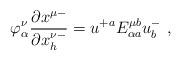
LaTeX: \begin{align*}\varphi^\nu_\alpha{\partial {x^{\mu -}}\over \partial {x^{\nu -}_h}}= u^{+a} E^{\mu b}_{\alpha a}u^-_b\ ,\end{align*}